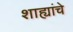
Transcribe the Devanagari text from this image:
शाह्यांचे